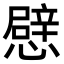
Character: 憵